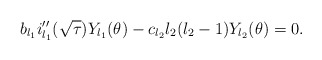
\begin{align*}b_{l_1}i''_{l_1}(\sqrt{\tau})Y_{l_1}(\theta)-c_{l_2}l_2 (l_2-1)Y_{l_2}(\theta)=0.\end{align*}